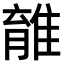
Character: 𨿾